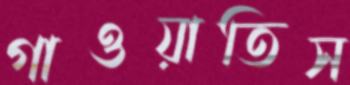
গাওয়াতিস